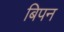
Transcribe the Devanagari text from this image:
बिपन